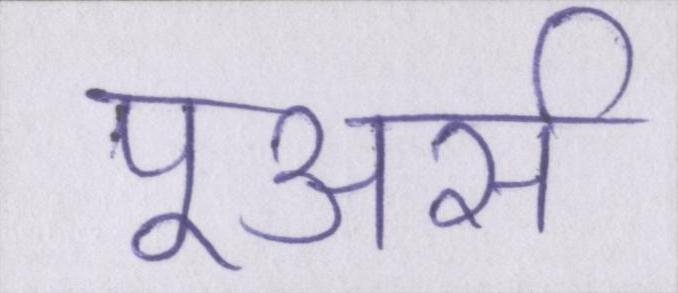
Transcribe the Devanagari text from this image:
पूअर्स